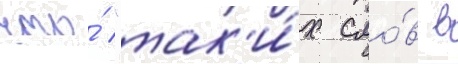
что́ "так'и́х сло́в в